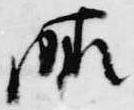
晴